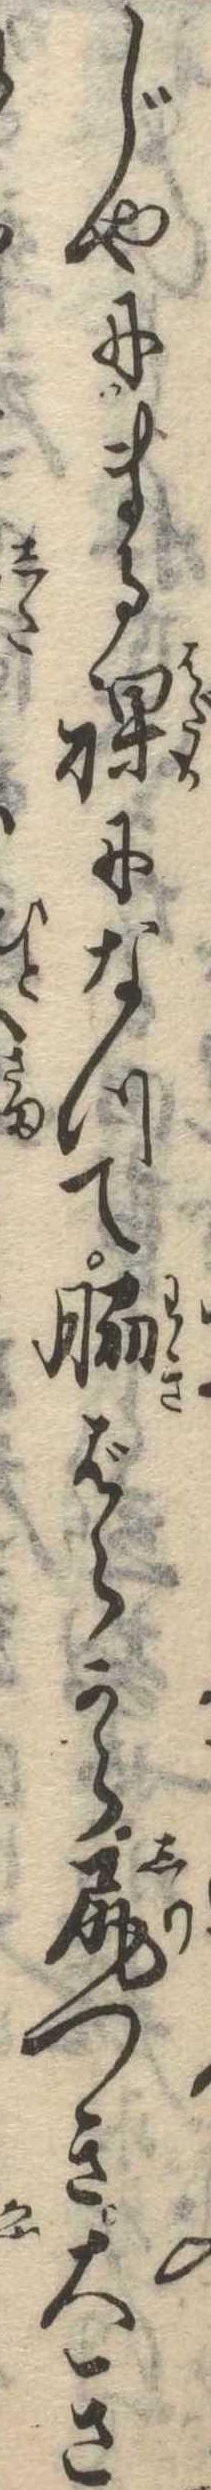
じやにまる裸になつて脇ばらから尻つき大き